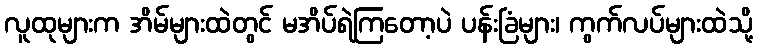
လူထုများက အိမ်များထဲတွင် မအိပ်ရဲကြတော့ပဲ ပန်းခြံများ၊ ကွက်လပ်များထဲသို့